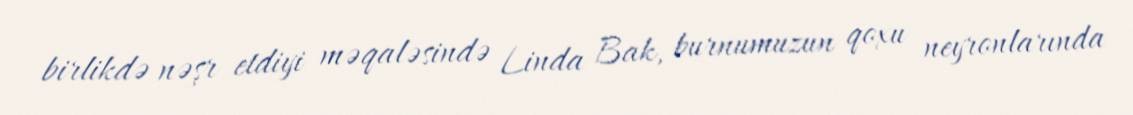
birlikdə nəşr etdiyi məqaləsində Linda Bak, burnumuzun qoxu neyronlarında